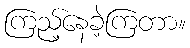
ကြည့်နေခဲ့ကြတာ။